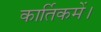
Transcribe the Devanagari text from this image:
कार्तिकमें।